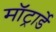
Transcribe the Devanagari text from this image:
मॉट्रार्डे